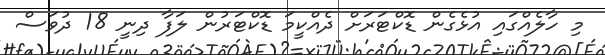
މި ހާލެއްގައި އުޅެގެން ޑޮކްޓަރަށް ދެއްކީމަ ޑޮކްޓަރުން ލަފާ ދިނީ 18 ދުވަސް